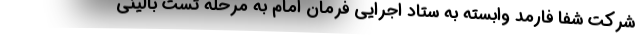
شرکت شفا فارمد وابسته به ستاد اجرایی فرمان امام به مرحله تست بالینی